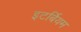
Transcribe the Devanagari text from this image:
इटर्बियम